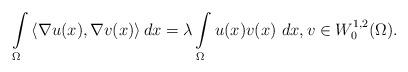
LaTeX: \begin{align*}\int\limits_{\Omega} \left\langle \nabla u(x), \nabla v(x) \right\rangle dx= \lambda \int\limits_{\Omega} u(x) v(x)~dx, v \in W_0^{1,2}(\Omega).\end{align*}